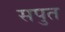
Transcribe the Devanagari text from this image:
सपुत